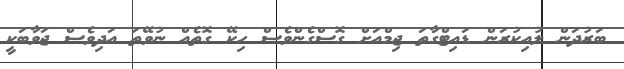
ބަރުދަން ލުއިކުރަން ޑައިޓްގާތަ ޖިމްއަށް ގޮސްގެންވެސް ހިކޭ ގޮތެއް ނުވޭތަ އަދިވެސް ޖަވާބަކީ